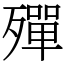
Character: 殫